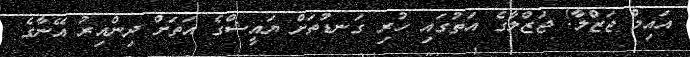
އައިމް ޖަޒްލާ! ޖަޒްލާގެ އަތުގައި ހުރި ގަނޑުތަށް ޔައީޝްގެ އަތަށް ދިންއިރު އޭނާގެ